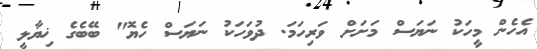
އެހެން މީހަކު ނަޔަސް މަށަށް ވަރިހަމަ. ދުވަހަކު ނަޔަސް ހެޔޮ" ބޭބެގެ ޚިޔާލީ